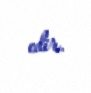
edir.